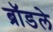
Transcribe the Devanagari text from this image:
ब्रॉडले